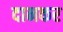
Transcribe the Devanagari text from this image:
दानकर